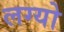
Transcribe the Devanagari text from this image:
लग्‍यो